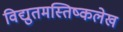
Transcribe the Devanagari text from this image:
विद्युतमस्तिष्कलेख